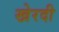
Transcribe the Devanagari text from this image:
खेरदी